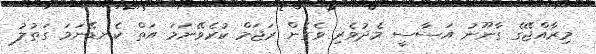
މިރާއްޖޭގެ ގާނޫނު އަސާސީ މެދުވެރި ވެގެން ރަޖަމް ކުރެވޭނަމަ އަތް ކެނޑޭނަމަ ގަތުލު